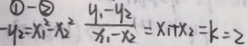
\textcircled { 1 } - \textcircled { 2 } - y _ { 2 } = x _ { 1 } ^ { 2 } - x _ { 2 } ^ { 2 } \frac { y _ { 1 } - y _ { 2 } } { x _ { 1 } - x _ { 2 } } = x _ { 1 } + x _ { 2 } = k = 2